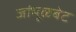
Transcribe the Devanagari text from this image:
जांभूळबेट